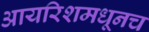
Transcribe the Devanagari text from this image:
आयरिशमधूनच